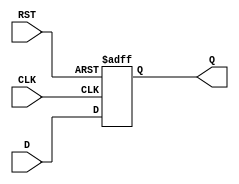
module synchronous_register (
    input wire D,      // Data input
    input wire CLK,    // Clock input
    input wire RST,    // Asynchronous reset input
    output reg Q       // Data output
);

// Always block for synchronous operation
always @(posedge CLK or posedge RST) begin
    if (RST) begin
        Q <= 1'b0;    // Set output to 0 on reset
    end else begin
        Q <= D;       // Capture input data on clock edge
    end
end

endmodule